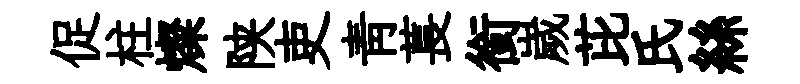
促柱燦陕吏靑萇銜嵗芘氏絲